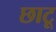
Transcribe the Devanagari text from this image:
छाटू